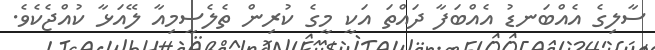
ސާލިގެ އެއްބަނޑު އެއްބަފާ ދައްތަ އަކީ މީގެ ކުރިން ތެލެސީމިއާ ލޭއަޅާ ކުއްޖެކެވެ.